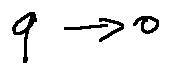
q \rightarrow 0